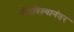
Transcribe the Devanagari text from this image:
नोंदविल्यानंतर